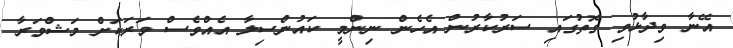
އޭނާ ވިދާޅުވި ގޮތުގައި ސަރުކާރުން އެހެން ނިންމީ ކައުންސިލާ އެއްވެސް ވަރަކަށް މަޝްވަރާ